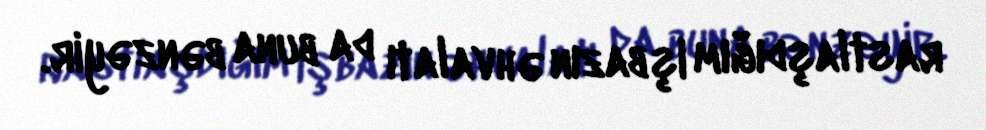
rastlaşdığım işbazın əhvalatı da buna bənzəyir.